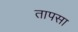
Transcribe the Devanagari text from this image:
तापसा